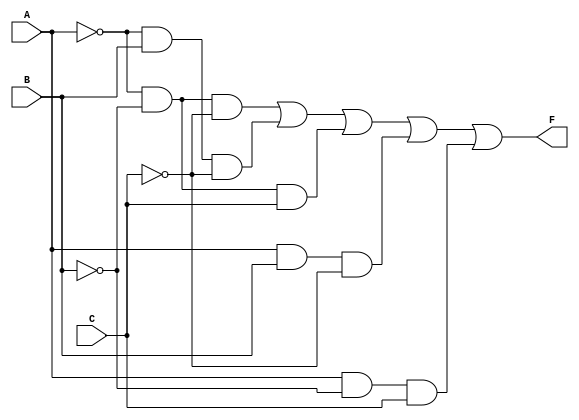
module EPI_Generator (
    input wire A,
    input wire B,
    input wire C,
    output wire F
);

// Define the minterms for the Boolean function.
// For example, let's assume our function is defined for minterms m0, m1, m2, m5, m6 (A'B'C' + A'B + A'C + AB' + AC).
// Hence, the truth table outputs 1 for combinations corresponding to these minterms.

wire m0 = ~A & ~B & ~C; // A'B'C'
wire m1 = ~A &  B & ~C; // A'BC'
wire m2 = ~A & ~B &  C; // A'B'C
wire m5 =  A &  B & ~C; // AB'C'
wire m6 =  A & ~B &  C; // A'BC

// Combine minterms to find the output
assign F = m0 | m1 | m2 | m5 | m6;

endmodule